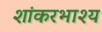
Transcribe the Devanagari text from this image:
शांकरभाश्य